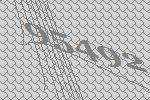
95492